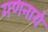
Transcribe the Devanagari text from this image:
गणनाये